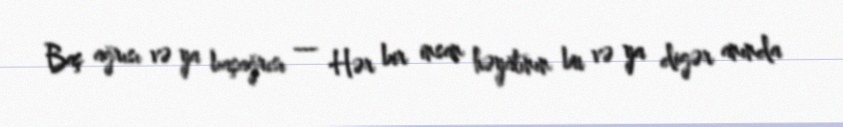
Baş ağrısı və ya başağrısı — Hər bir insan həyatının bu və ya digər anında